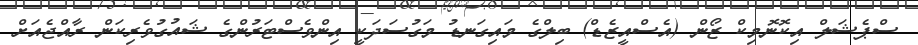
ސްޕެޝަލް އިކޮނޮމިކް ޒޯން (އެސްއީޒެޑް) ބިލްގެ މައިގަނޑު މަގުސަދަކީ އިންވެސްޓަރުންގެ ޝައުގުވެރިކަން ރާއްޖެއަށް